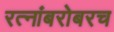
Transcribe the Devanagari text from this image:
रत्‍नांबरोबरच